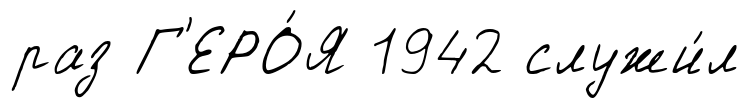
раз Г'ЕРО́Я 1942 служи́л